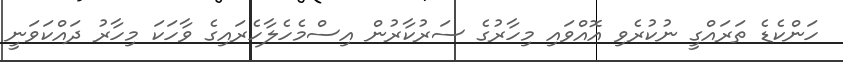
ހަންކެޑެ ތަރައްގީ ނުކުރެވި އޮއްވައި މިހާރުގެ ސަރުކާރުން އިސްމެހެލާހެރައިގެ ވާހަކަ މިހާރު ދައްކަވަނީ